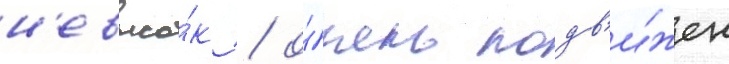
н'евысо́к / о́чень подв'и́жен